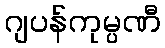
ဂျပန်ကုမ္ပဏီ